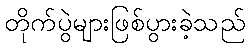
တိုက်ပွဲများဖြစ်ပွားခဲ့သည်